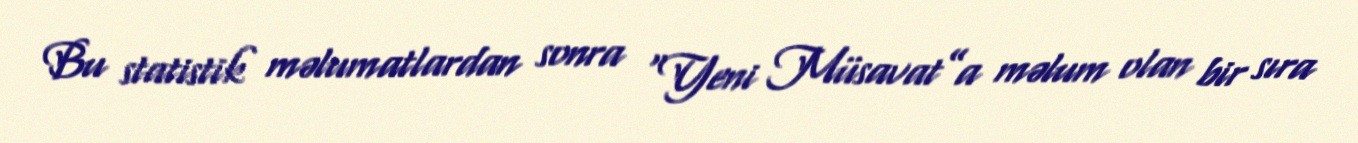
Bu statistik məlumatlardan sonra “Yeni Müsavat”a məlum olan bir sıra